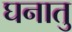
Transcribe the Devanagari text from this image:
घनातु